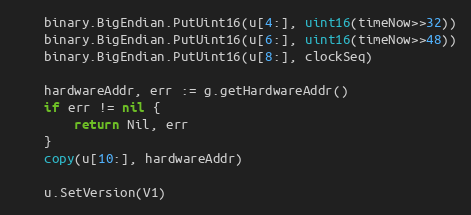
Language: Go
	binary.BigEndian.PutUint16(u[4:], uint16(timeNow>>32))
	binary.BigEndian.PutUint16(u[6:], uint16(timeNow>>48))
	binary.BigEndian.PutUint16(u[8:], clockSeq)

	hardwareAddr, err := g.getHardwareAddr()
	if err != nil {
		return Nil, err
	}
	copy(u[10:], hardwareAddr)

	u.SetVersion(V1)